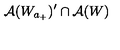
\mathcal { A } ( W _ { a _ { + } } ) ^ { \prime } \cap \mathcal { A } ( W )